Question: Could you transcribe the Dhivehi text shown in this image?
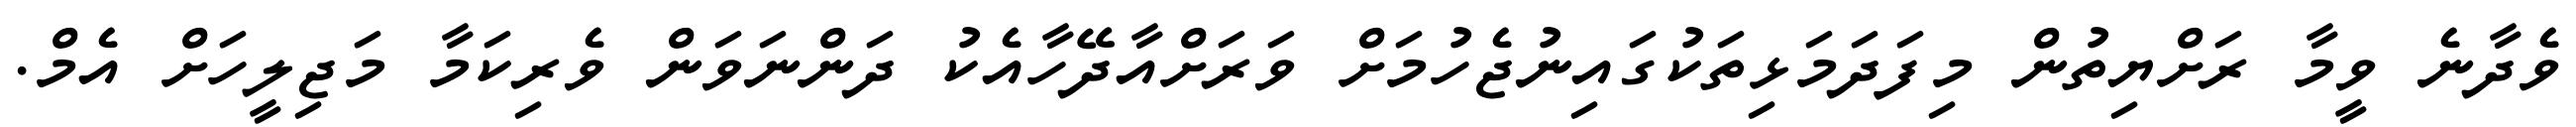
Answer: ވެދާނެ ވީމާ ރަށްޔިތުން މިފަދަމަޅިތަކުގައިނުޖެހުމަށް ވަރަށްއާދޭހާއެކު ދަންނަވަން ވެރިކަމާ މަޖިލީހަށް އެމް.